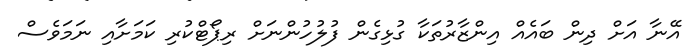
އޭނާ އަށް ދިން ބައެއް އިންޒާރުތަކާ ގުޅިގެން ފުލުހުންނަށް ރިޕޯޓްކުރި ކަމަށާއި ނަމަވެސް